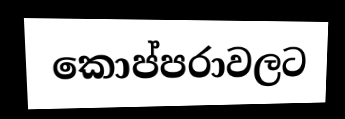
කොප්පරාවලට